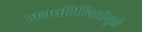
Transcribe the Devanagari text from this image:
सद्यपरिस्थितीमुळे